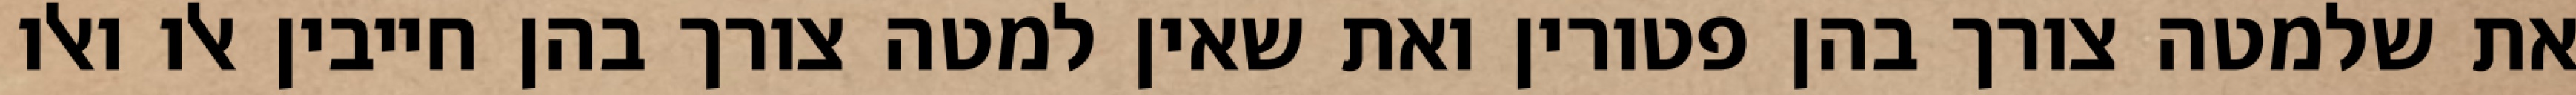
את שלמטה צורך בהן פטורין ואת שאין למטה צורך בהן חייבין אלו ואלו